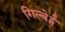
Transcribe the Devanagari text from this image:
गिल्बेर्ट्स